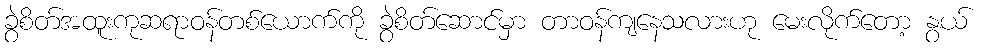
ခွဲစိတ်အထူးကုဆရာဝန်တစ်ယောက်ကို ခွဲစိတ်ဆောင်မှာ တာဝန်ကျနေသလားဟု မေးလိုက်တော့ နွယ်